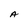
Character: A